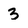
Character: 3